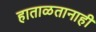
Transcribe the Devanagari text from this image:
हाताळतानाही